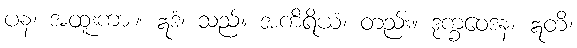
ပန၊ အထူးကား။ ဣဒံ၊ သည်။ အကိရိယံ၊ တည်း။ ဒုက္ခဝေဒနံ၊ ဣတိ၊